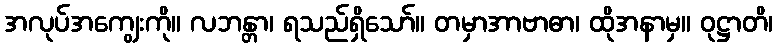
အလုပ်အကျွေးကို။ လဘန္တာ၊ ရသည်ရှိသော်။ တမှာအာဗာဓာ၊ ထိုအနာမှ။ ဝုဋ္ဌာတိ၊